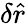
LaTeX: \delta\hat{r}